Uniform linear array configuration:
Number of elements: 32
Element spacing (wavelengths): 0.75
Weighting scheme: hann
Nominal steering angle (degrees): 15
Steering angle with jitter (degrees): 15.979
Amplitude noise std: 0.05
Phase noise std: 0.05

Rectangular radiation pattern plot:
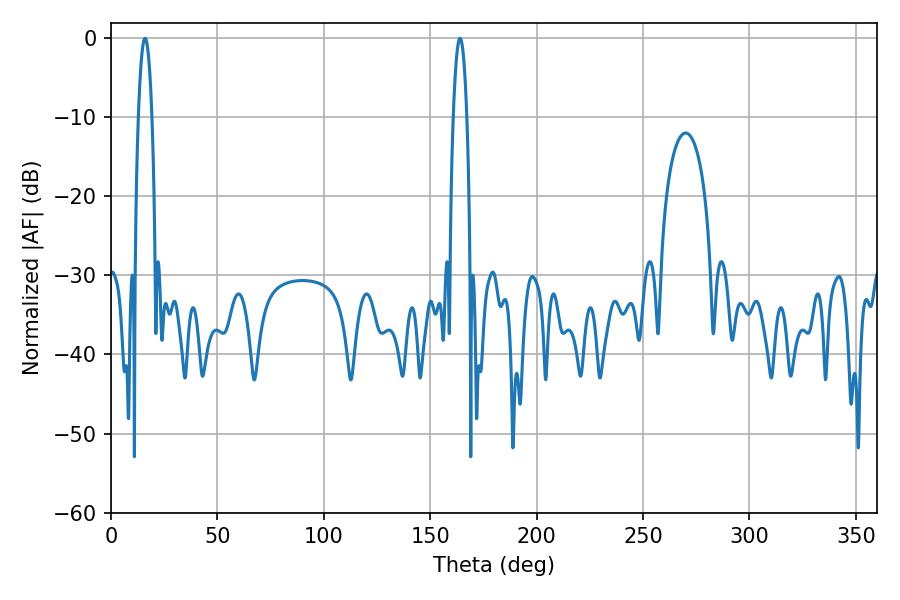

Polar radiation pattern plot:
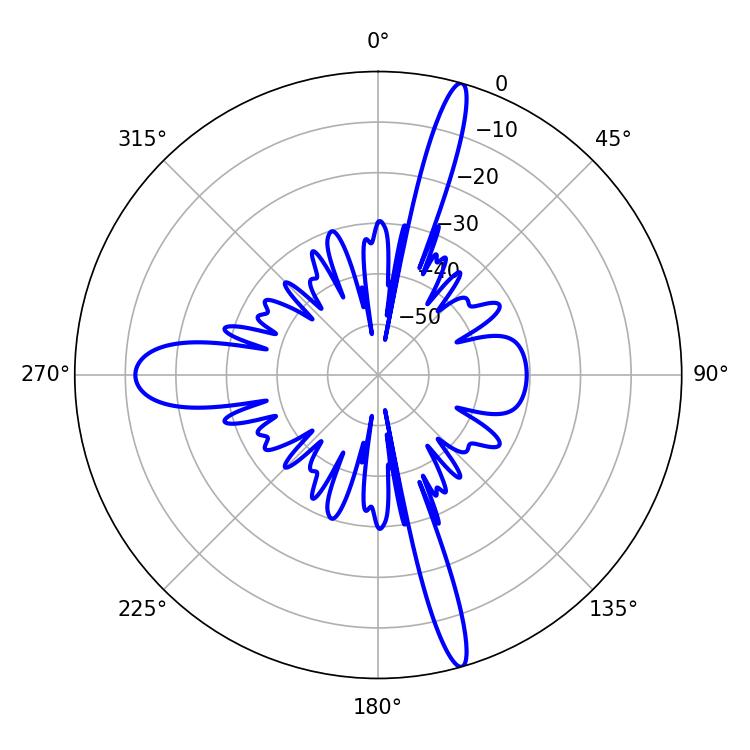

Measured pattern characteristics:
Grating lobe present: TRUE
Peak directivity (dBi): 19.264
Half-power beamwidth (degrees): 3.6
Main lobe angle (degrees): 16.02